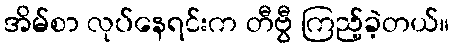
အိမ်စာ လုပ်နေရင်းက တီဗွီ ကြည့်ခဲ့တယ်။